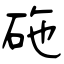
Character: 砤